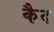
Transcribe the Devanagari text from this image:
कैेद